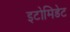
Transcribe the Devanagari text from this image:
इटोमिडेट